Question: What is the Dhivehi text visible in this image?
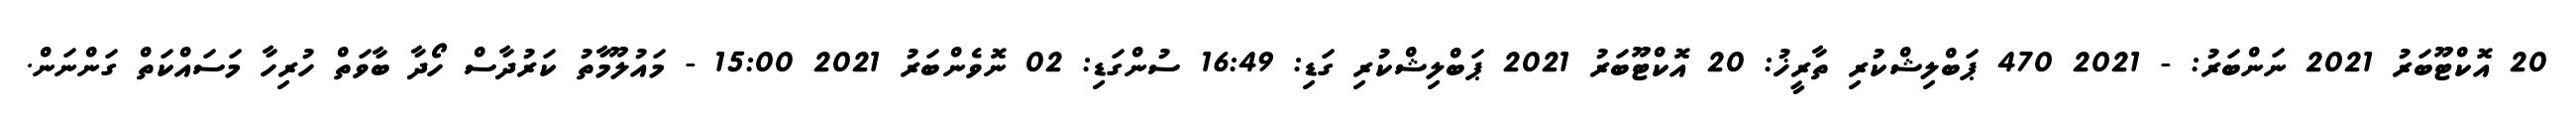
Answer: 20 އޮކްޓޫބަރު 2021 ނަންބަރު: - 2021 470 ޕަބްލިޝްކުރި ތާރީޚު: 20 އޮކްޓޫބަރު 2021 ޕަބްލިޝްކުރި ގަޑި: 16:49 ސުންގަޑި: 02 ނޮވެންބަރު 2021 15:00 - މައުލޫމާތު ކަރުދާސް ހޯދާ ބާވަތް ހުރިހާ މަސައްކަތް ގަންނަން.